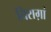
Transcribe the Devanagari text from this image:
चिराग़ां